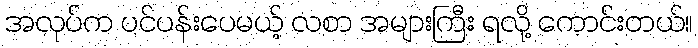
အလုပ်က ပင်ပန်းပေမယ့် လစာ အများကြီး ရလို့ ကောင်းတယ်။